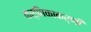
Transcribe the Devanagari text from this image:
कर्णिकाकर्णी